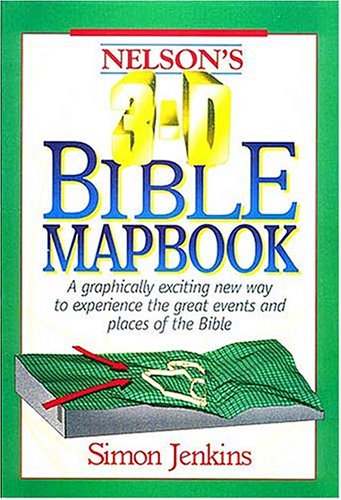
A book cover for Nelson's 3-D Bible Mapbook: A Graphically Exciting New Way to Experience the Great Events and Places of the Bible; Simon Jenkins; Christian Books & Bibles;